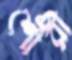
শৌরী